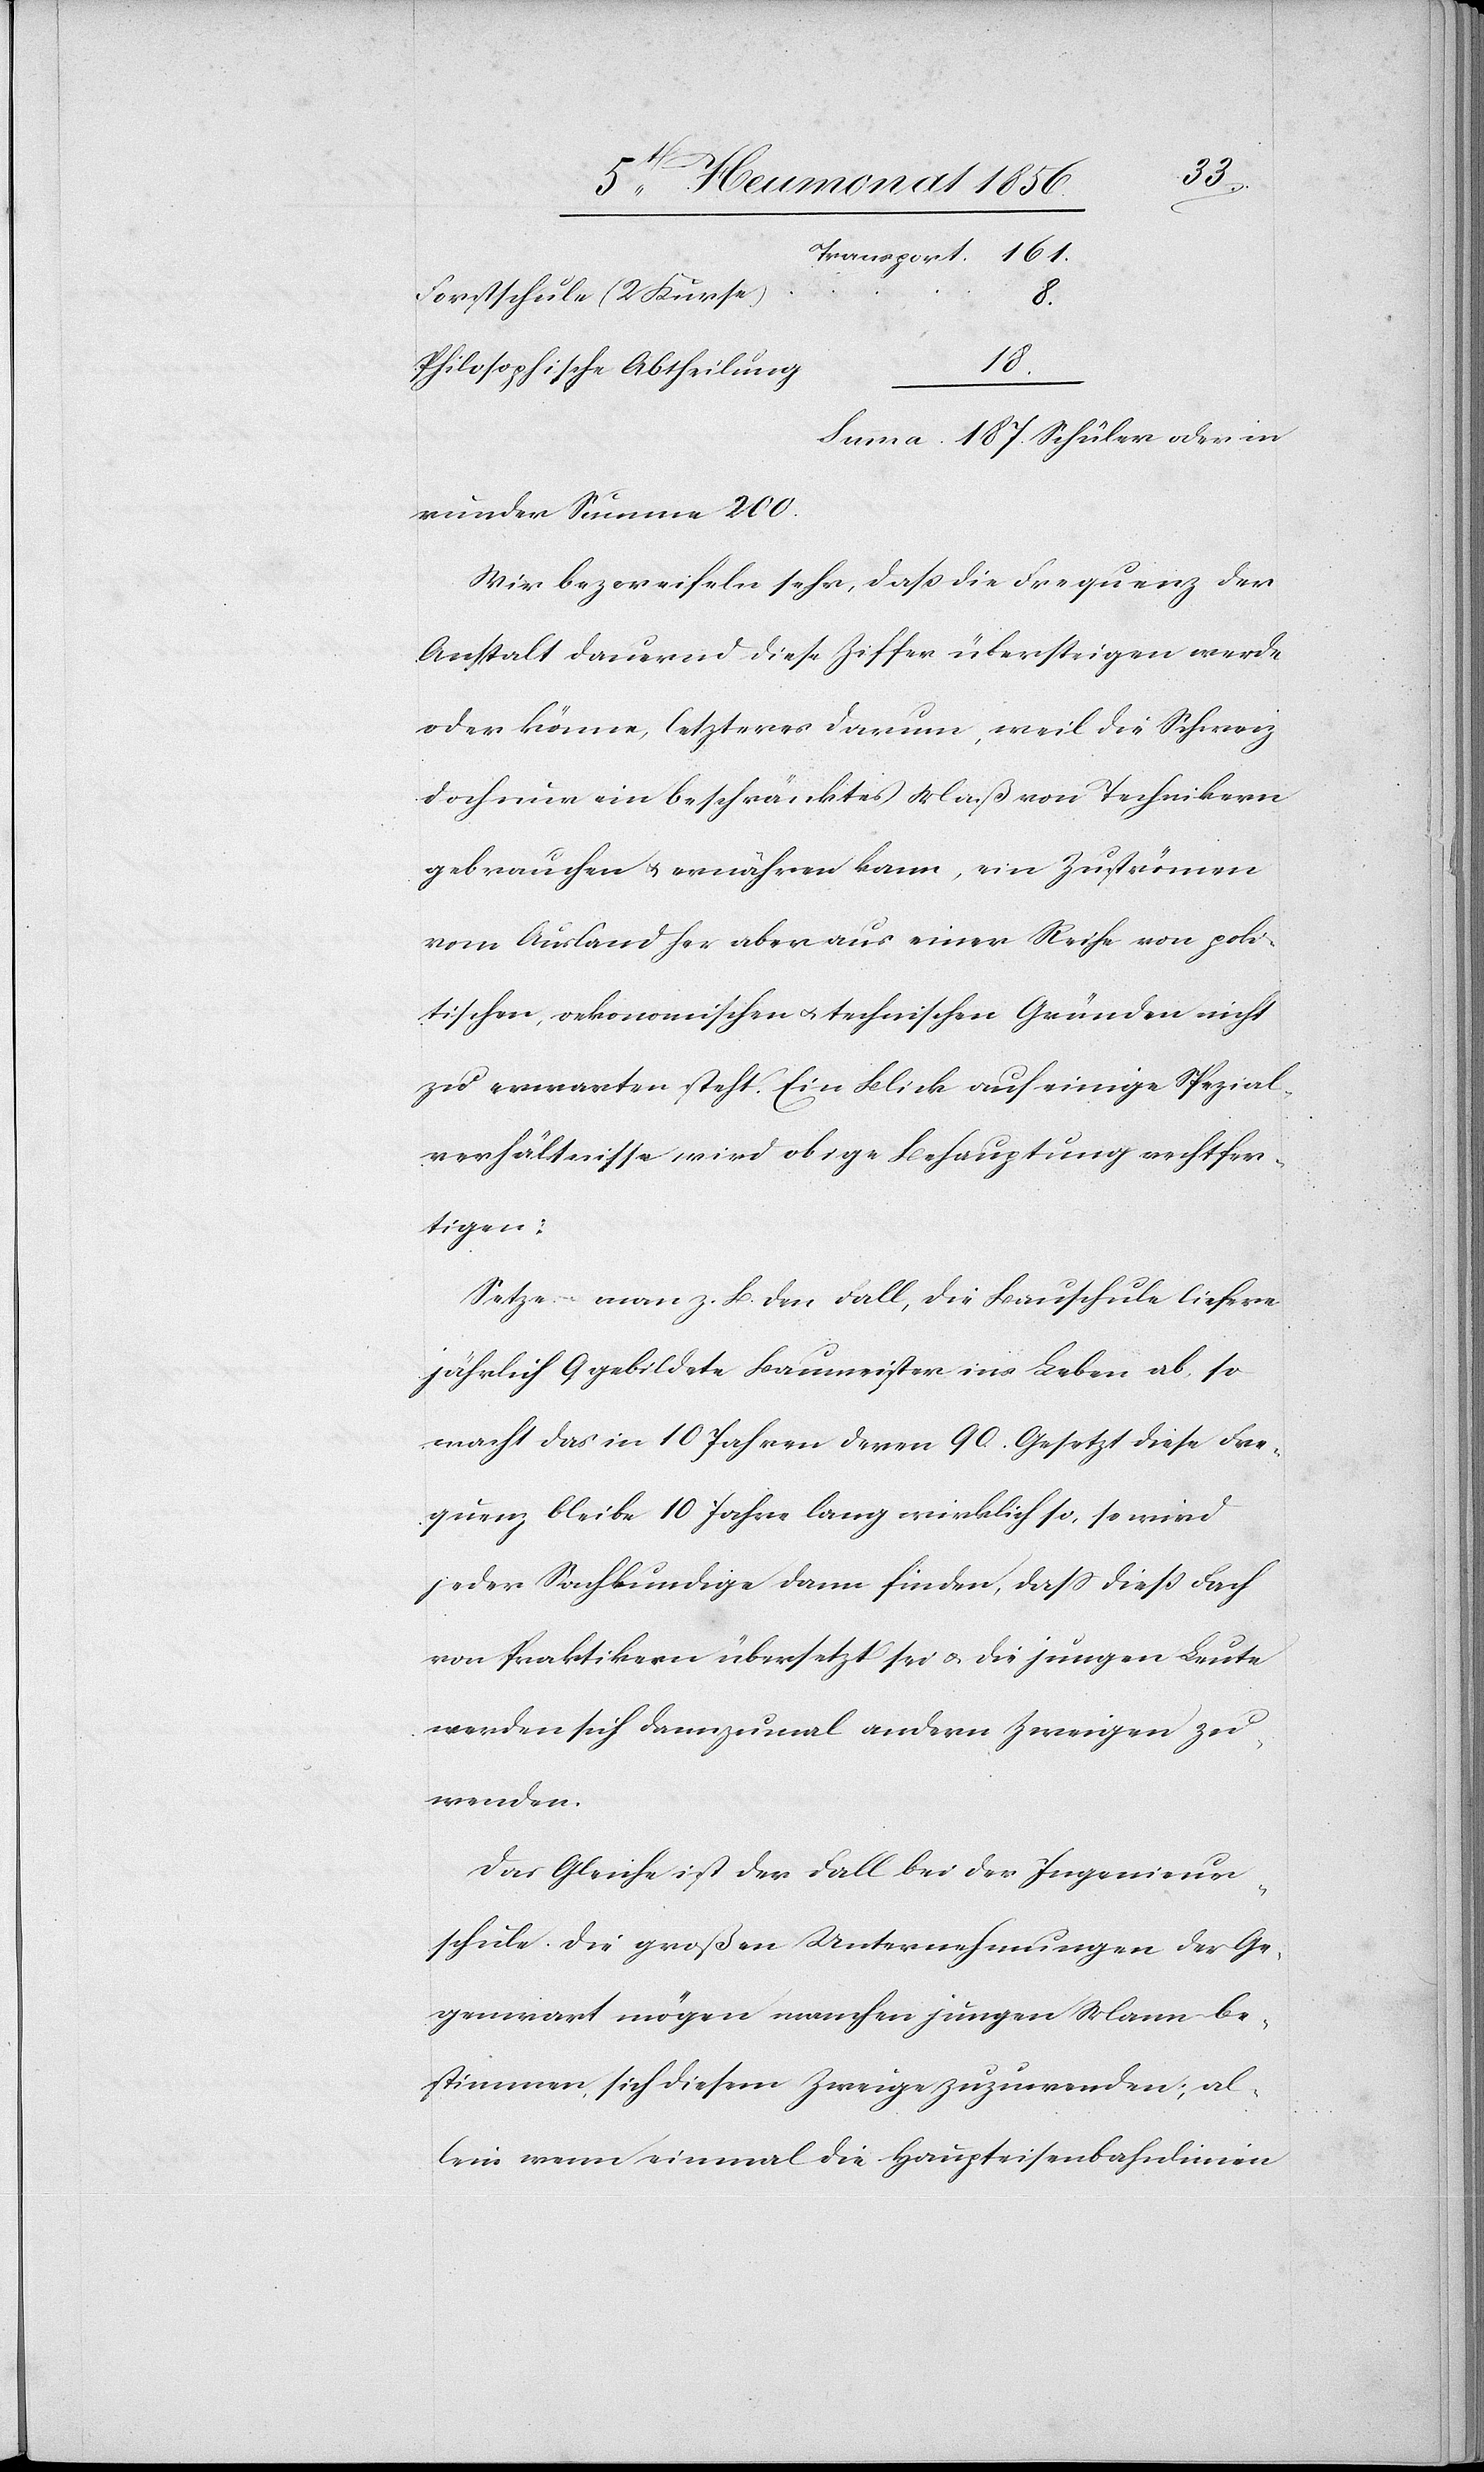
Forstschule (2 Kurse)
187.
Philosophische Abtheilung
runder Summe 200.
Wir bezweifeln sehr, dass die Frequenz der
Anstalt dauernd diese Ziffer übersteigen werde
oder könne, letzteres darum, weil die Schweiz
doch nur ein beschränktes Maß von Technikern
gebrauchen u. ernähren kann, ein Zuströmen
vom Ausland her aber aus einer Reihe von poli¬
tischen, oekonomischen u. technischen Gründen nicht
zu erwarten steht. Ein Blick auf einige Spezial¬
verhältnisse wird obige Behauptung rechtfer¬
tigen:
Setze man z. B. den Fall, die Bauschule liefere
jährlich 9 gebildete Baumeister ins Leben ab, so
macht das in 10 Jahren deren 90. Gesetzt diese Fre¬
quenz bleibe 10 Jahre lang wirklich so, so wird
jeder Sachkundige dann finden, dass dieß Fach
von Praktikern übersetzt sei u. die jungen Leute
werden sich dannzumal andern Zweigen zu¬
wenden.
Das Gleiche ist der Fall bei der Ingenieur¬
schule. Die großen Unternehmungen der Ge¬
genwart mögen manchen jungen Mann be¬
stimmen, sich diesem Zweige zuzuwenden; al¬
lein wenn einmal die Haupteisenbahnlinien